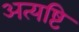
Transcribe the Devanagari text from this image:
अत्यष्टि